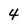
Character: 4